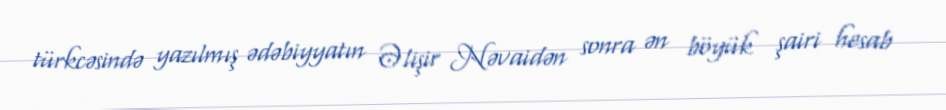
türkcəsində yazılmış ədəbiyyatın Əlişir Nəvaidən sonra ən böyük şairi hesab